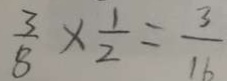
\frac { 3 } { 8 } \times \frac { 1 } { 2 } = \frac { 3 } { 1 6 }